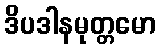
ဒိပဒါနမုတ္တမော